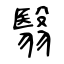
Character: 翳